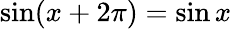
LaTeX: \sin(x+2\pi)=\sin x